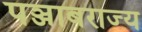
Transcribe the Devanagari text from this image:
पञ्जाबराज्य